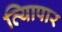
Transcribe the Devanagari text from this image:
व्यािपार